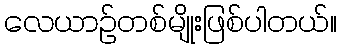
လေယာဉ်တစ်မျိုးဖြစ်ပါတယ်။